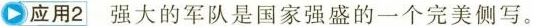
应用2 强大的军队是国家强盛的一个完美侧写。